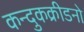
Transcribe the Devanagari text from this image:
कन्दुकक्रीडनो